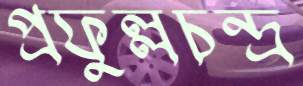
প্রফুল্লচন্দ্র